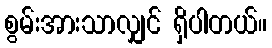
စွမ်းအားသာလျှင် ရှိပါတယ်။